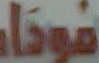
laga